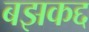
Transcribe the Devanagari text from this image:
बझकद्द